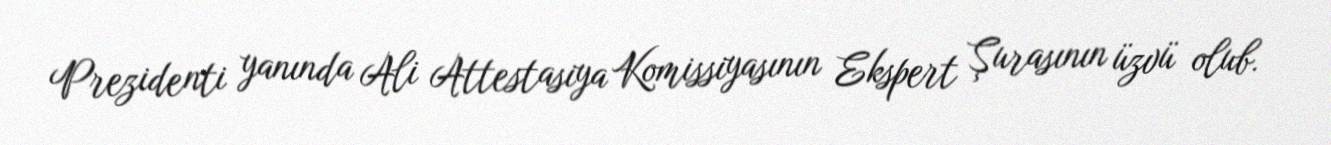
Prezidenti yanında Ali Attestasiya Komissiyasının Ekspert Şurasının üzvü olub.